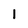
Character: i